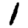
Digit: 1